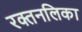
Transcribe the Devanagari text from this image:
रक्तनलिका